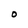
Character: O